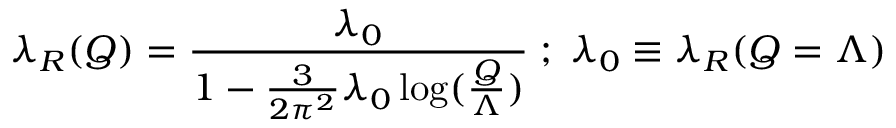
\lambda _ { R } ( Q ) = \frac { \lambda _ { 0 } } { 1 - \frac { 3 } { 2 \pi ^ { 2 } } \lambda _ { 0 } \log ( \frac { Q } { \Lambda } ) } \; ; \; \lambda _ { 0 } \equiv \lambda _ { R } ( Q = \Lambda )